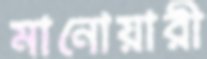
মানোয়ারী